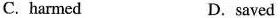
C.harmed D.saved